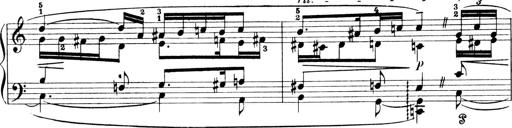
Title: 4 Sonatines
Composer: Max Reger